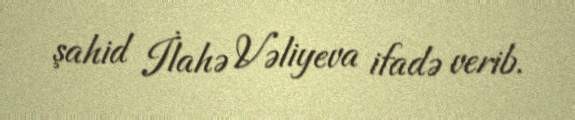
şahid İlahə Vəliyeva ifadə verib.